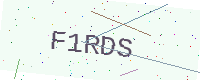
Text: F1RDS